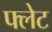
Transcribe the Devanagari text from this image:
फ्लेट